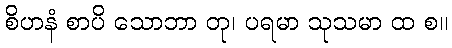
စိဟနံ စာပိ သောဘာ တု၊ ပရမာ သုသမာ ထ စ။